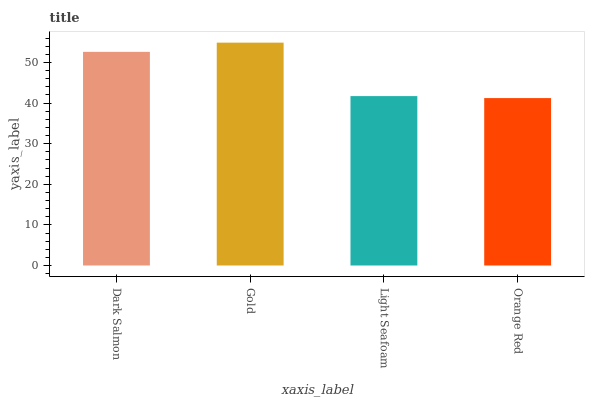
| xaxis_label | bars |
 | --- | --- |
 | Dark Salmon | 52.6 |
 | Gold | 54.9 |
 | Light Seafoam | 41.7 |
 | Orange Red | 41.2 |